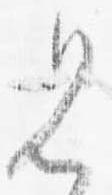
見